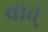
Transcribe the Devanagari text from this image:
वात्